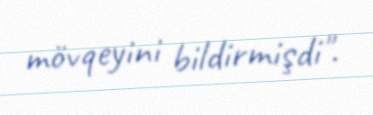
mövqeyini bildirmişdi".